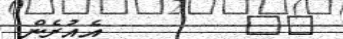
١٣        އެއުރެން